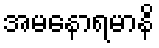
အမနောရမာနိ